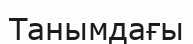
Танымдағы